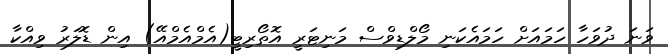
ވަނަ ދުވަހާ ހަމައަށް ހަމައެކަނި މޯލްޑިވްސް މަނިޓަރީ އޮތޯރިޓީ(އެމްއެމްއޭ) އިން ޑޮލަރު ވިއްކާ